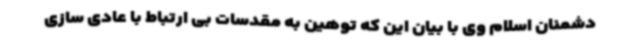
دشمنان اسلام وی با بیان این که توهین به مقدسات بی ارتباط با عادی سازی